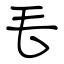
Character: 毛